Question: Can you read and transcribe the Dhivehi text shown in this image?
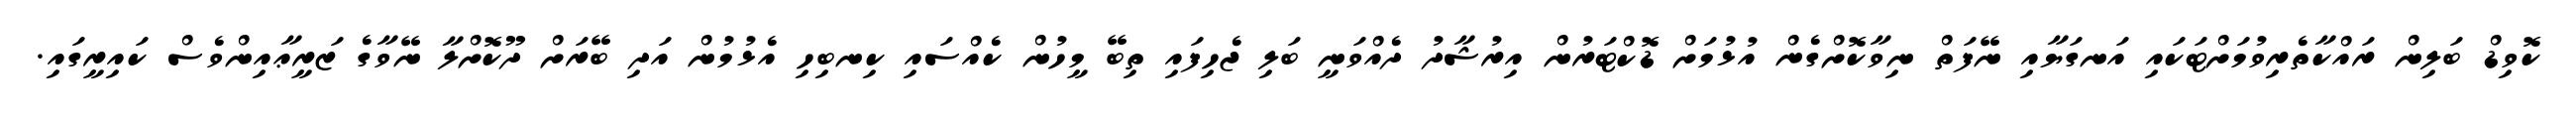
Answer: ކޮވިޑް ބަލިން ރައްކާތެރިވުމަށްޓަކައި އަނގަޔާއި ނޭފަތް ނިވާކޮށްގެން އުޅުމަށް ޑޮކްޓަރުން އިރުޝާދު ދެއްވަނީ ބަލި ޖެހިފައި ތިބޭ މީހުން ކެއްސައި ކިނބިހި އެޅުމުން އަދި ބޭރަށް ދޫކޮށްލާ ނޭވާގެ ޒަރީޢާއިންވެސް ކައިރީގައި.